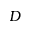
D